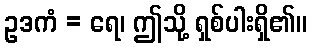
ဥဒကံ = ရေ၊ ဤသို့ ရှစ်ပါးရှိ၏။